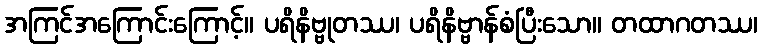
အကြင်အကြောင်းကြောင့်။ ပရိနိဗ္ဗုတဿ၊ ပရိနိဗ္ဗာန်စံပြီးသော။ တထာဂတဿ၊